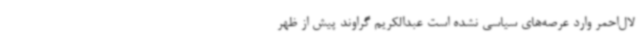
لال‌احمر وارد عرصه‌های سیاسی نشده است عبدالکریم گراوند پیش از ظهر